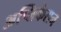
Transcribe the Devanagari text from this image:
अप्लिकेसन